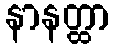
နာနတ္ထာ